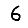
Digit: 6